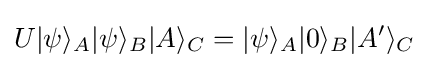
U|\psi \rangle _{A}|\psi \rangle _{B}|A\rangle _{C}=|\psi \rangle _{A}|0\rangle _{B}|A'\rangle _{C}